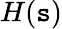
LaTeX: H(\mathtt{s})